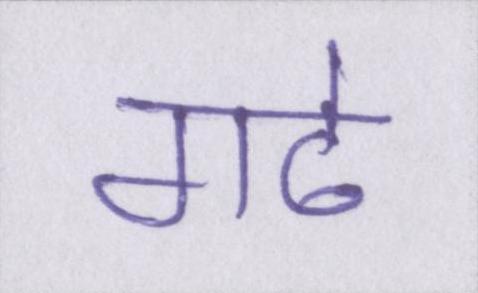
गढे